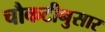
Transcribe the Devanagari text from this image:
चौकटीनुसार